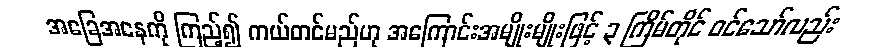
အခြေအနေကို ကြည့်၍ ကယ်တင်မည်ဟု အကြောင်းအမျိုးမျိုးဖြင့် ၃ ကြိမ်တိုင် ဝင်သော်လည်း